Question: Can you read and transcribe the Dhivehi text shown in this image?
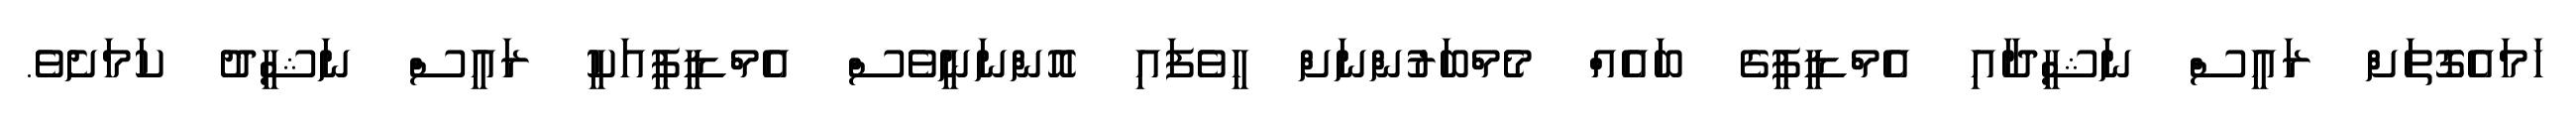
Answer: ހަމައެގޮތަށް ރައީސް ނަޝީދާއި އެމްޑީޕީގެ ބައެއް މެމްބަރުންނަށް ހީވެފައި އޮންނަނީވެސް އެމްޑީޕީއަކީ ރައީސް ނަޝީދު ކަމަށެވެ.